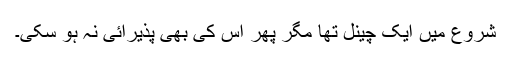
شروع میں ایک چینل تھا مگر پھر اس کی بھی پذیرائی نہ ہو سکی۔